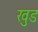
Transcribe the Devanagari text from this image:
खुड